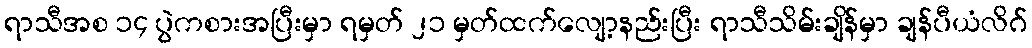
ရာသီအစ ၁၄ ပွဲကစားအပြီးမှာ ရမှတ် ၂၁ မှတ်ထက်လျော့နည်းပြီး ရာသီသိမ်းချိန်မှာ ချန်ပီယံလိဂ်